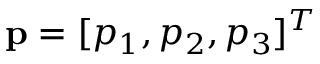
\mathbf { p } = [ p _ { 1 } , p _ { 2 } , p _ { 3 } ] ^ { T }